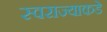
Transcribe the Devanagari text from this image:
स्वराज्याकडे